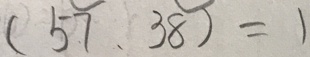
( 5 7 、 3 8 ) = 1